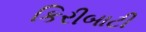
કિરીબાટી